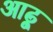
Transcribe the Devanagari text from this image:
आढ़ू